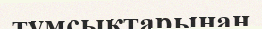
тұмсықтарынан